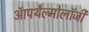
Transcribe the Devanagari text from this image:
ऑपथैल्मोलॉजी